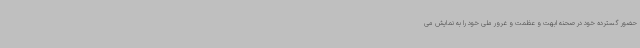
حضور گسترده خود در صحنه ابهت و عظمت و غرور ملی خود را به نمایش می